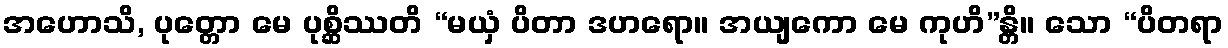
အဟောသိ, ပုတ္တော မေ ပုစ္ဆိဿတိ “မယှံ ပိတာ ဒဟရော။ အယျကော မေ ကုဟိ”န္တိ။ သော “ပိတရာ